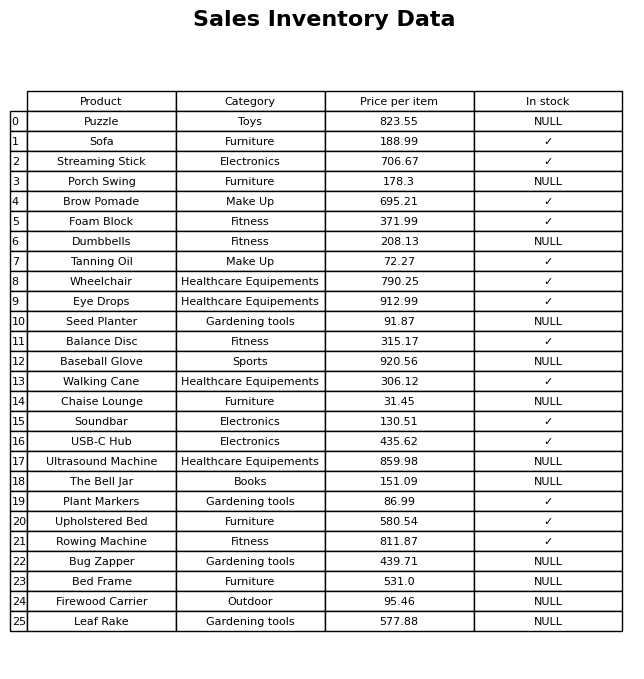
question: What is the price of the Rowing Machine?
answer: The price of Rowing Machine is 811.87.